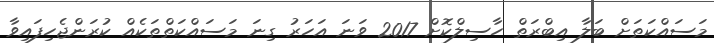
މަސައްކަތަށް ބަލާ އިބްރަތް ހާސިލްކޮށް 2017 ވަނަ އަހަރު ގިނަ މަސައްކަތްތަކެއް ކުރަންޖެހިފައިވާ